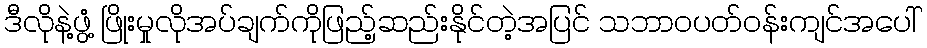
ဒီလိုနဲ့ဖွံ့ ဖြိုးမှုလိုအပ်ချက်ကိုဖြည့်ဆည်းနိုင်တဲ့အပြင် သဘာဝပတ်ဝန်းကျင်အပေါ်